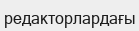
редакторлардағы